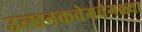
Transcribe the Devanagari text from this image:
उत्खनकवेगवेगळ्या